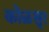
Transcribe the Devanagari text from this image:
कोळसूर